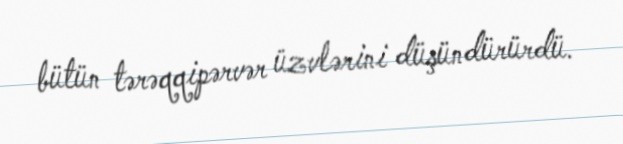
bütün tərəqqipərvər üzvlərini düşündürürdü.